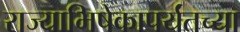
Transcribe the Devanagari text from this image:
राज्याभिषेकापर्यंतच्या